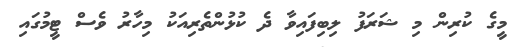
މީގެ ކުރިން މި ޝަރަފު ލިބިފައިވާ ދެ ކުޅުންތެރިއަކު މިހާރު ވެސް ޓީމުގައި